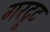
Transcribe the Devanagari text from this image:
गरट्रूट